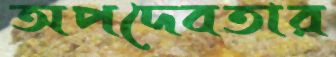
অপদেবতার